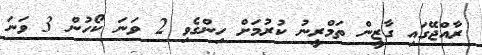
ރާއްޖޭގައި ގާޒީން ތަމްރީނު ކުރުމަށް ހިންގެވި 2 ވަނަ ކޯހުން 3 ވަނަ